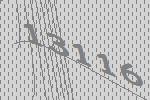
13116